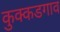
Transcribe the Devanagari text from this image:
कुक्कडगाव